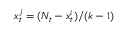
x _ { t } ^ { j } = ( N _ { t } - x _ { t } ^ { i } ) / ( k - 1 )